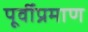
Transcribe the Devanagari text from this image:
पूर्वीप्रमाण